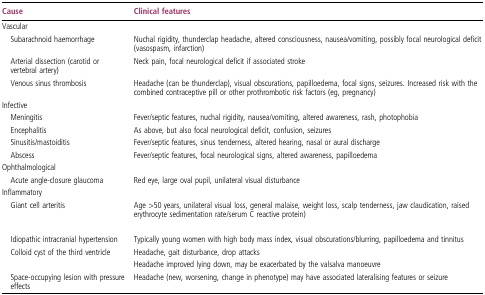
<table><thead><tr><td><b>Cause</b></td><td><b>Clinical features</b></td></tr></thead><tbody><tr><td colspan="2">Vascular</td></tr><tr><td> Subarachnoid haemorrhage</td><td>Nuchal rigidity, thunderclap headache, altered consciousness, nausea/vomiting, possibly focal neurological deficit (vasospasm, infarction)</td></tr><tr><td> Arterial dissection (carotid or vertebral artery)</td><td>Neck pain, focal neurological deficit if associated stroke</td></tr><tr><td> Venous sinus thrombosis</td><td>Headache (can be thunderclap), visual obscurations, papilloedema, focal signs, seizures. Increased risk with the combined contraceptive pill or other prothrombotic risk factors (eg, pregnancy)</td></tr><tr><td colspan="2">Infective</td></tr><tr><td> Meningitis</td><td>Fever/septic features, nuchal rigidity, nausea/vomiting, altered awareness, rash, photophobia</td></tr><tr><td> Encephalitis</td><td>As above, but also focal neurological deficit, confusion, seizures</td></tr><tr><td> Sinusitis/mastoiditis</td><td>Fever/septic features, sinus tenderness, altered hearing, nasal or aural discharge</td></tr><tr><td> Abscess</td><td>Fever/septic features, focal neurological signs, altered awareness, papilloedema</td></tr><tr><td colspan="2">Ophthalmological</td></tr><tr><td> Acute angle-closure glaucoma</td><td>Red eye, large oval pupil, unilateral visual disturbance</td></tr><tr><td colspan="2">Inflammatory</td></tr><tr><td> Giant cell arteritis</td><td>Age &gt;50 years, unilateral visual loss, general malaise, weight loss, scalp tenderness, jaw claudication, raised erythrocyte sedimentation rate/serum C reactive protein)</td></tr><tr><td colspan="2">[EMPTY_CELL]</td></tr><tr><td> Idiopathic intracranial hypertension</td><td>Typically young women with high body mass index, visual obscurations/blurring, papilloedema and tinnitus</td></tr><tr><td> Colloid cyst of the third ventricle</td><td>Headache, gait disturbance, drop attacks</td></tr><tr><td>[EMPTY_CELL]</td><td>Headache improved lying down, may be exacerbated by the valsalva manoeuvre</td></tr><tr><td> Space-occupying lesion with pressure effects</td><td>Headache (new, worsening, change in phenotype) may have associated lateralising features or seizure</td></tr></tbody></table>